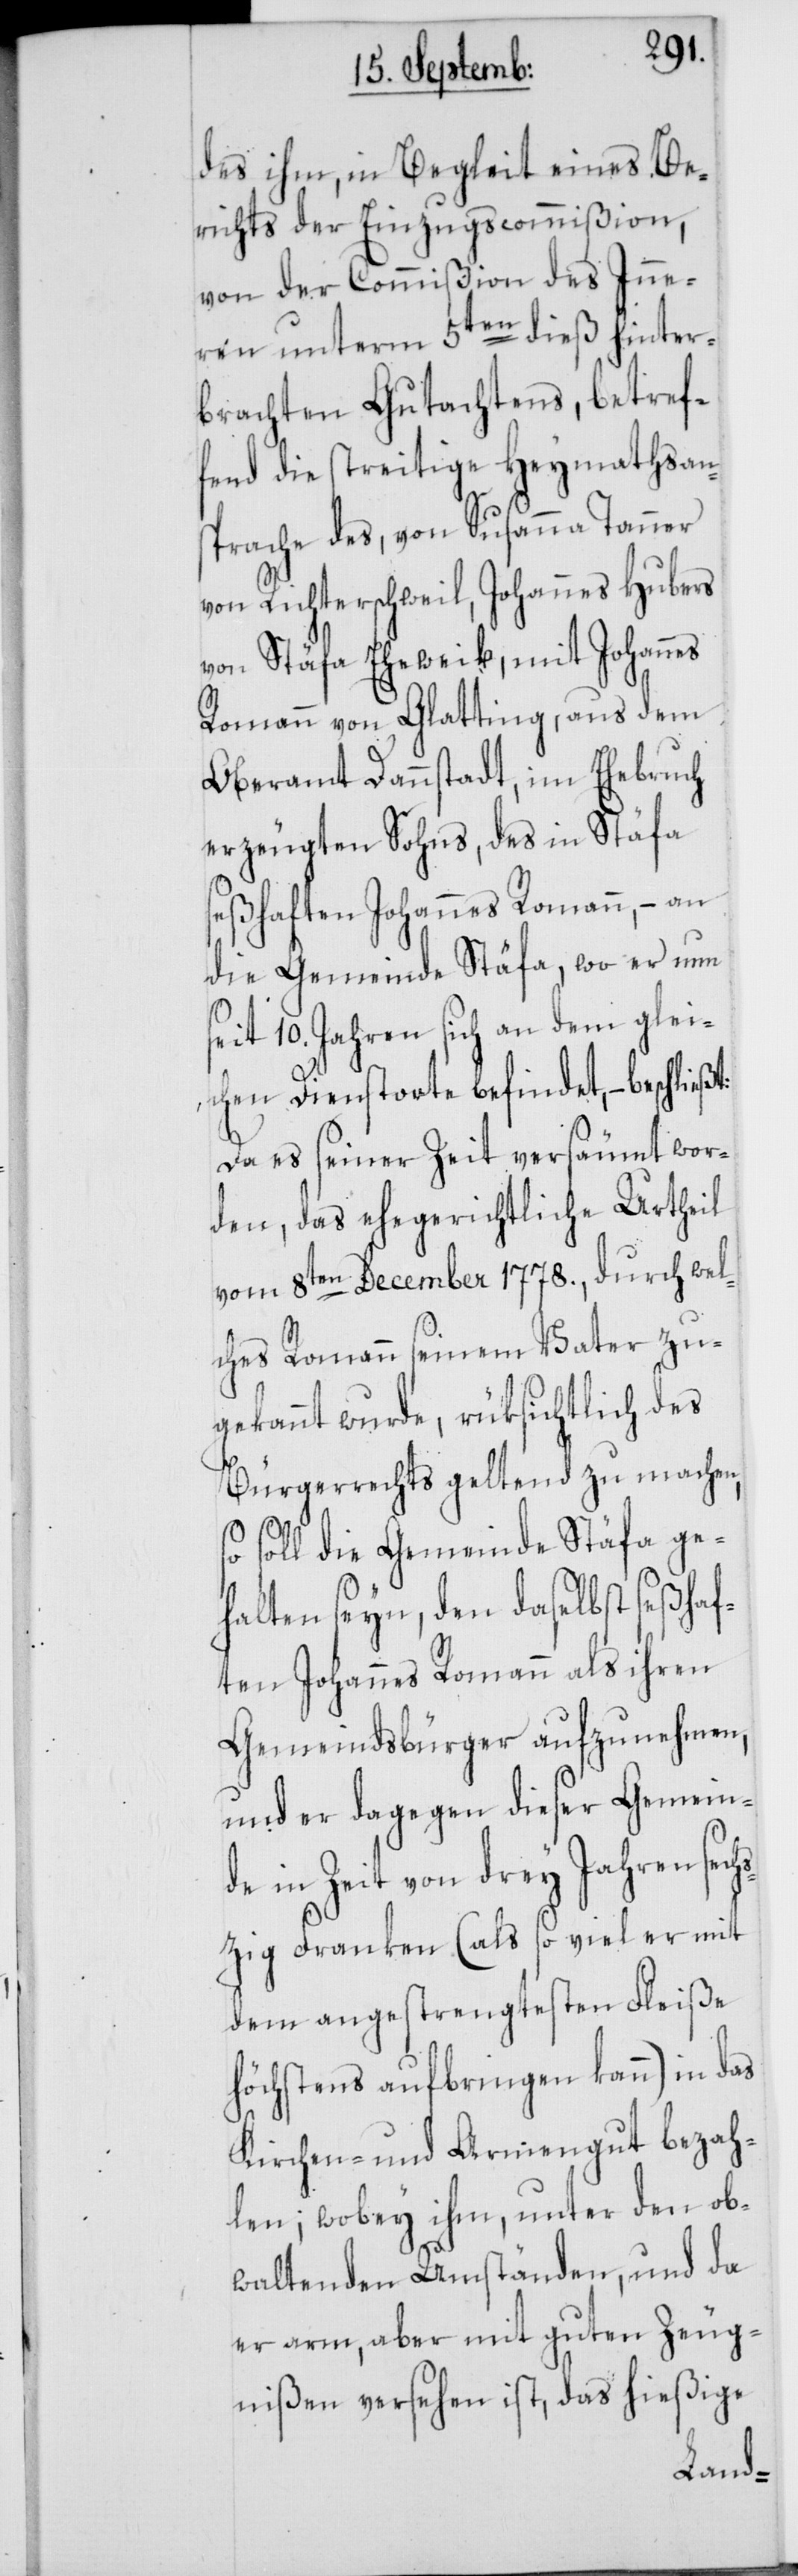
des ihm, in Begleit eines Be¬
richts der Einzugscommißion,
von der Commißion des Inne¬
ren unterm 5ten dieß hinter¬
brachten Gutachtens, betref¬
fend die streitige Heymathsan¬
sprache des, von Susanna Tanner
von Richterschweil, Johannes Hubers
von Stäfa Eheweib, mit Johannes
Romann von Glatting, aus dem
Oberamt Dannstadt, im Ehebruch
erzeugten Sohns, des in Stäfa
seßhaften Johannes Romann, – an
die Gemeinde Stäfa, wo er nun
seit 10. Jahren sich an dem glei¬
chen Dienstorte befindet, – beschließt:
Da es seiner Zeit versäumt wor¬
den, das ehegerichtliche Urtheil
vom 8ten December 1778., durch wel¬
ches Romann seinem Vater zu¬
gekannt wurde, rüksichtlich des
Bürgerrechts geltend zu machen,
so soll die Gemeinde Stäfa ge¬
halten seyn, den daselbst seßhaf¬
ten Johannes Romann als ihren
Gemeindsbürger aufzunehmen,
und er dagegen dieser Gemein¬
de in Zeit von drey Jahren sech¬
szig Franken (als so viel er mit
dem angestrengtesten Fleiße
höchstens aufbringen kann) in das
Kirchen- und Armengut bezah¬
len; wobey ihm, unter den ob¬
waltenden Umständen, und da
er arm, aber mit guten Zeug¬
nißen versehen ist, das hießige